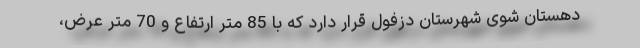
دهستان شوی شهرستان دزفول قرار دارد که با 85 متر ارتفاع و 70 متر عرض،